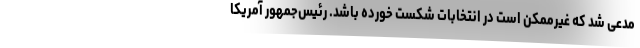
مدعی شد که غیرممکن است در انتخابات شکست خورده باشد. رئیس‌جمهور آمریکا